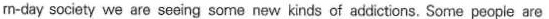
rn-day society we are seeing some new kinds of addictions. Some people are